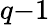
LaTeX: q{-}1